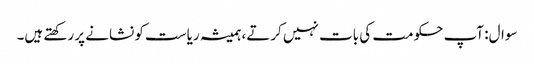
سوال: آپ حکومت کی بات نہیں کرتے، ہمیشہ ریاست کو نشانے پر رکھتے ہیں۔